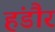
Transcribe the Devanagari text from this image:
हंडौर